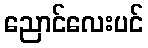
ညောင်လေးပင်